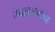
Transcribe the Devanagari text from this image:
स्वतन्त्रतया